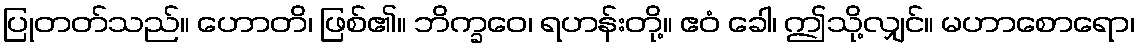
ပြုတတ်သည်။ ဟောတိ၊ ဖြစ်၏။ ဘိက္ခဝေ၊ ရဟန်းတို့။ ဧဝံ ခေါ၊ ဤသို့လျှင်။ မဟာစောရော၊